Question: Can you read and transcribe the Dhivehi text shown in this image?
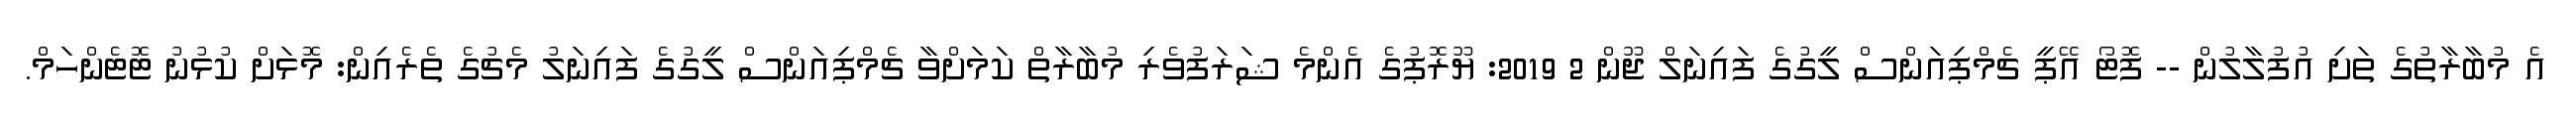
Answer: އެ މުބާރާތުގެ ތަށި އުފުލާލުން -- ފޮޓޯ އޭޕީ ޗެމްޕިއަންސް ލީގުގެ ފައިނަލް ޖޫން 2 2019: ޔޫރޮޕުގެ އެންމެ ޝަރަފުވެރި މުބާރާތް ކަމަށްވާ ޗެމްޕިއަންސް ލީގުގެ ފައިނަލު މެޗުގެ ތެރެއިން: މޮޅަށް ކުޅުނު ޓޮޓެންހަމް.